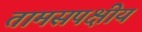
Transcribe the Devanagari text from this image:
तामसपक्षीय